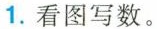
1.看图写数。